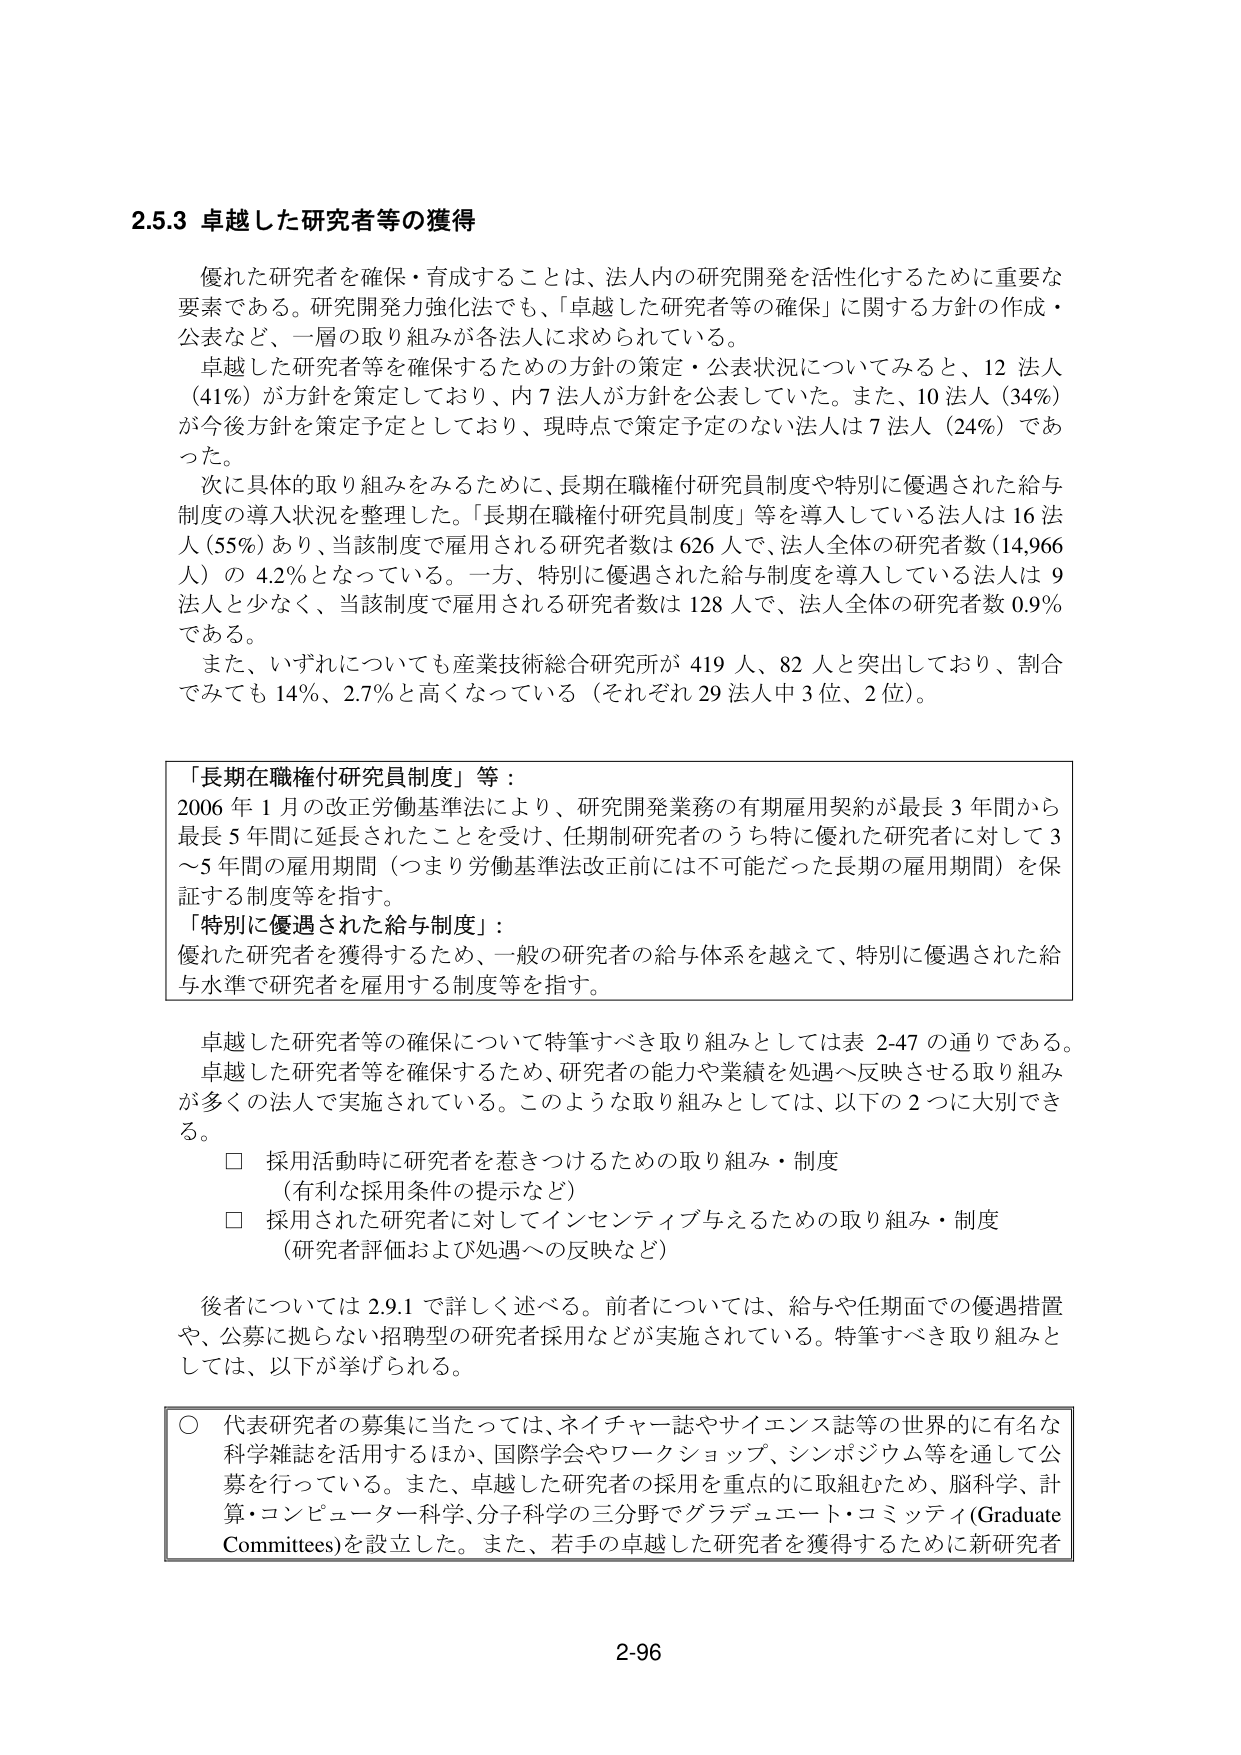
2.5.3 卓越した研究者等の獲得

優れた研究者を確保・育成することは、法人内の研究開発を活性化するために重要な要素である。研究開発力強化法でも、「卓越した研究者等の確保」に関する方針の作成・公表など、一層の取り組みが各法人に求められている。

卓越した研究者等を確保するための方針の策定・公表状況についてみると、12 法人（41%）が方針を策定しており、内 7 法人が方針を公表していた。また、10 法人（34%）が今後方針を策定予定としており、現時点で策定予定のない法人は 7 法人（24%）であった。

次に具体的な取り組みをみるために、長期在職権付研究員制度や特別に優遇された給与制度の導入状況を整理した。「長期在職権付研究員制度」等を導入している法人は 16 法人（55%）あり、当該制度で雇用される研究者数は 626 人で、法人全体の研究者数（14,966 人）の 4.2%となっている。一方、特別に優遇された給与制度を導入している法人は 9 法人と少なく、当該制度で雇用される研究者数は 128 人で、法人全体の研究者数 0.9%である。

また、いずれについても産業技術総合研究所が 419 人、82 人と突出しており、割合でみても 14%、2.7%と高くなっている（それぞれ 29 法人中 3 位、2 位）。

「長期在職権付研究員制度」等：
2006 年 1 月の改正労働基準法により、研究開発業務の有期雇用契約が最長 3 年間から最長 5 年間に延長されたことを受け、任期制研究者のうち特に優れた研究者に対して 3～5 年間の雇用期間（つまり労働基準法改正前には不可能だった長期の雇用期間）を保証する制度等を指す。

「特別に優遇された給与制度」：
優れた研究者を獲得するため、一般の研究者の給与体系を越えて、特別に優遇された給与水準で研究者を雇用する制度等を指す。

卓越した研究者等の確保について特筆すべき取り組みとしては表 2-47 の通りである。卓越した研究者等を確保するため、研究者の能力や業績を処遇へ反映させる取り組みが多くの法人で実施されている。このような取り組みとしては、以下の 2 つに大別できる。

□ 採用活動時に研究者を惹きつけるための取り組み・制度
（有利な採用条件の提示など）

□ 採用された研究者に対してインセンティブ与えるための取り組み・制度
（研究者評価および処遇への反映など）

後者については 2.9.1 で詳しく述べる。前者については、給与や任期面での優遇措置や、公募に拠らない招聘型の研究者採用などが実施されている。特筆すべき取り組みとしては、以下が挙げられる。

○ 代表研究者の募集に当たっては、ネイチャー誌やサイエンス誌等の世界的に有名な科学雑誌を活用するほか、国際学会やワークショップ、シンポジウム等を通して公募を行っている。また、卓越した研究者の採用を重点的に取組むため、脳科学、計算・コンピューター科学、分子科学の三分野でグラデュエート・コミッティ（Graduate Committees）を設立した。また、若手の卓越した研究者を獲得するために新研究者

2-96